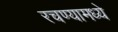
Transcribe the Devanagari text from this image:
रचण्यामध्ये